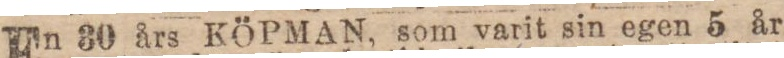
En 30 års KÖPMAN, som varit sin egen 5 år